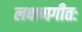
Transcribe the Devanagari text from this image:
लक्षणगीतः